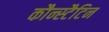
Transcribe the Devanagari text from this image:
कौन्स्टैटिन